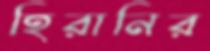
হিরানির